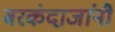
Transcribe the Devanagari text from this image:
बरकंदाजांनी